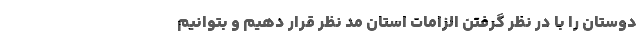
دوستان را با در نظر گرفتن الزامات استان مد نظر قرار دهیم و بتوانیم